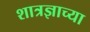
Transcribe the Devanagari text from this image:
शात्रज्ञाच्या